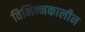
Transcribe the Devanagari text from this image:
विभिन्नकालीन